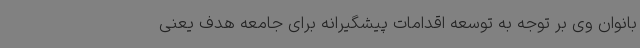
بانوان وی بر توجه به توسعه اقدامات پیشگیرانه برای جامعه هدف یعنی